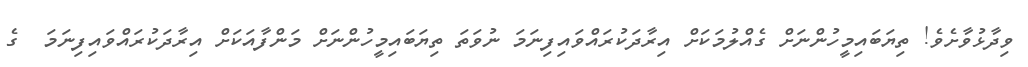
ވިދާޅުވާށެވެ! ތިޔަބައިމީހުންނަށް ގެއްލުމަކަށް އިރާދަކުރައްވައިފިނަމަ ނުވަތަ ތިޔަބައިމީހުންނަށް މަންފާއަކަށް އިރާދަކުރައްވައިފިނަމަ  ގެ